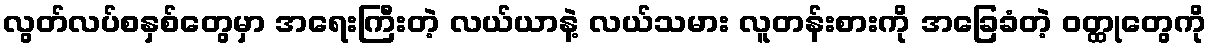
လွတ်လပ်စနှစ်တွေမှာ အရေးကြီးတဲ့ လယ်ယာနဲ့ လယ်သမား လူတန်းစားကို အခြေခံတဲ့ ဝတ္ထုတွေကို